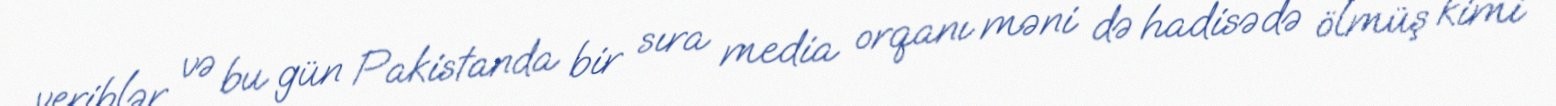
veriblər və bu gün Pakistanda bir sıra media orqanı məni də hadisədə ölmüş kimi